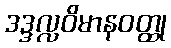
ဒဒ္ဒလ္လဝိမာနဝတ္ထု